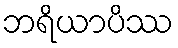
ဘရိယာပိဿ